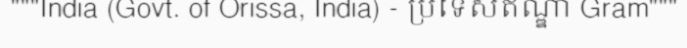
"""India (Govt. of Orissa, India) - ប្រទេសឥណ្ឌា Gram"""